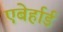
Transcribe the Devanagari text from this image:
एबेर्हार्ड